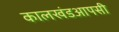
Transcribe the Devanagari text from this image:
कालखंडआपसी